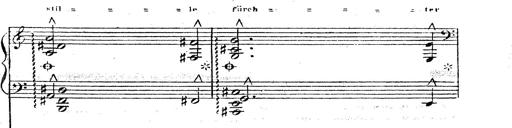
Title: 12 Lieder von Franz Schubert
Composer: Franz Liszt